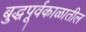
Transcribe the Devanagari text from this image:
बुद्धपूर्वकाळातील